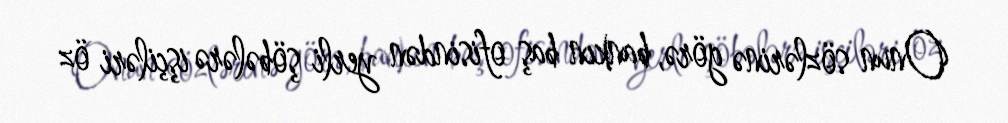
Onun sözlərinə görə, bankın baş ofisindən yerli şöbələrə işçiləri öz